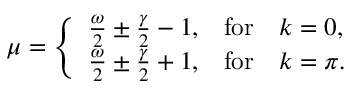
\mu = \left\{ \begin{array} { l l } { \frac { \omega } { 2 } \pm \frac { \gamma } { 2 } - 1 , } & { \mathrm { f o r } \quad k = 0 , } \\ { \frac { \omega } { 2 } \pm \frac { \gamma } { 2 } + 1 , } & { \mathrm { f o r } \quad k = \pi . } \end{array} \right.